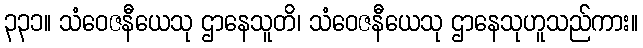
၃၃၁။ သံဝေဇနီယေသု ဌာနေသူတိ၊ သံဝေဇနီယေသု ဌာနေသုဟူသည်ကား။